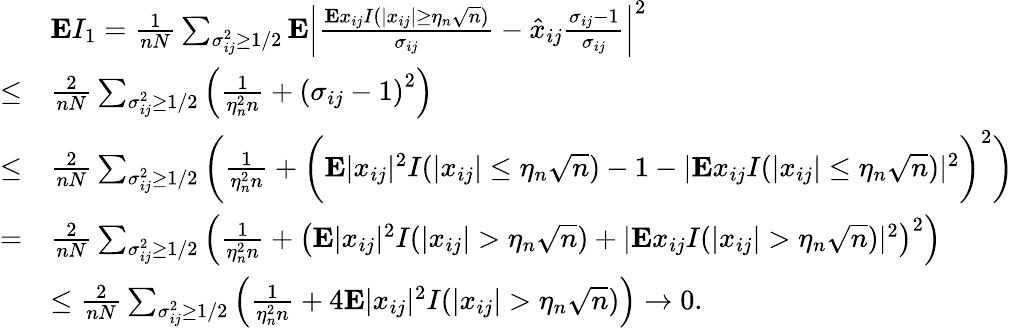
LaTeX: \begin{array}{rl}&{{\mathbf E}I_{1}=\frac 1{nN}\sum_{\sigma_{ij}^{2}\ge 1/2}{\mathbf E}\left\vert\frac{{\mathbf E}x_{ij}I(\vert x_{ij}\vert\ge\eta_{n}\sqrt n)}{\sigma_{ij}}-\hat{x}_{ij}\frac{\sigma_{ij}-1}{\sigma_{ij}}\right\vert^{2}}\\ {\le}&{\frac 2{nN}\sum_{\sigma_{ij}^{2}\ge 1/2}\left(\frac 1{\eta_{n}^{2}n}+\left(\sigma_{ij}-1\right)^{2}\right)}\\ {\le}&{\frac 2{nN}\sum_{\sigma_{ij}^{2}\ge 1/2}\bigg(\frac 1{\eta_{n}^{2}n}+\bigg({\mathbf E}\vert x_{ij}\vert^{2}I(\vert x_{ij}\vert\leq\eta_{n}\sqrt n)-1-\vert{\mathbf E}x_{ij}I(\vert x_{ij}\vert\leq\eta_{n}\sqrt n)\vert^{2}\bigg)^{2}\bigg)}\\ {=}&{\frac 2{nN}\sum_{\sigma_{ij}^{2}\ge 1/2}\left(\frac 1{\eta_{n}^{2}n}+\left({\mathbf E}\vert x_{ij}\vert^{2}I(\vert x_{ij}\vert>\eta_{n}\sqrt n)+\vert{\mathbf E}x_{ij}I(\vert x_{ij}\vert>\eta_{n}\sqrt n)\vert^{2}\right)^{2}\right)}\\ &{\le\frac 2{nN}\sum_{\sigma_{ij}^{2}\ge 1/2}\left(\frac 1{\eta_{n}^{2}n}+4{\mathbf E}\vert x_{ij}\vert^{2}I(\vert x_{ij}\vert>\eta_{n}\sqrt n)\right)\to 0.}\end{array}